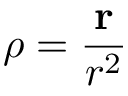
{ \boldsymbol { \rho } } = { \frac { \mathbf { r } } { r ^ { 2 } } }